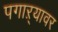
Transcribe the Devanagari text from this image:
पगाऱ्यावर